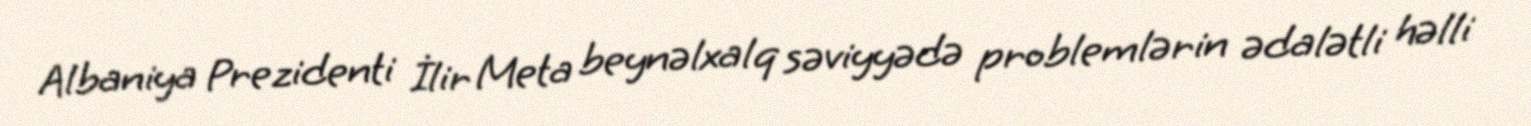
Albaniya Prezidenti İlir Meta beynəlxalq səviyyədə problemlərin ədalətli həlli